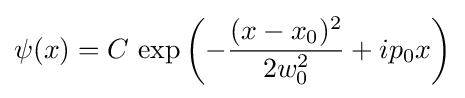
\psi (x)=C\,\exp \left(-{\frac {(x-x_{0})^{2}}{2w_{0}^{2}}}+ip_{0}x\right)